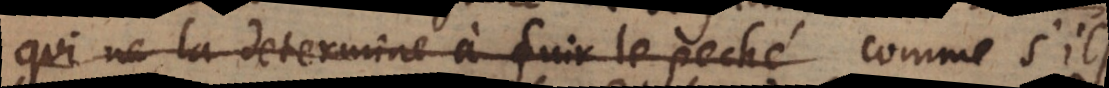
qui ne la determine à fuir le peché comme s’il